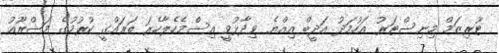
ޓޫރިޒަމް މިނިސްޓަރު އަހުމަދު އަދީބް އިއްޔެ ވިދާޅުވީ އިސްމެހެލާހެރަ ތަރައްގީ ކުރުމުގެ މަޝްރޫއު